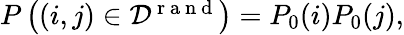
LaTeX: \begin{array}{r}{P\left((i,j)\in{\cal D}^{\mathrm{~r~a~n~d~}}\right)=P_{0}(i)P_{0}(j),}\end{array}